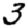
Digit: 3